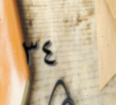
٣٤